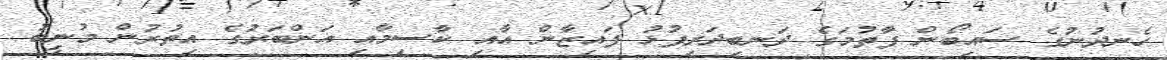
ހެނދުނުގެ ސައިބޯން ފާތުމަގެ ދަނބިދަރިފުޅު ފައިޒާން އާއި ކާސިމާއި އަންބަރުގެ އިތުރުން މުނީބު